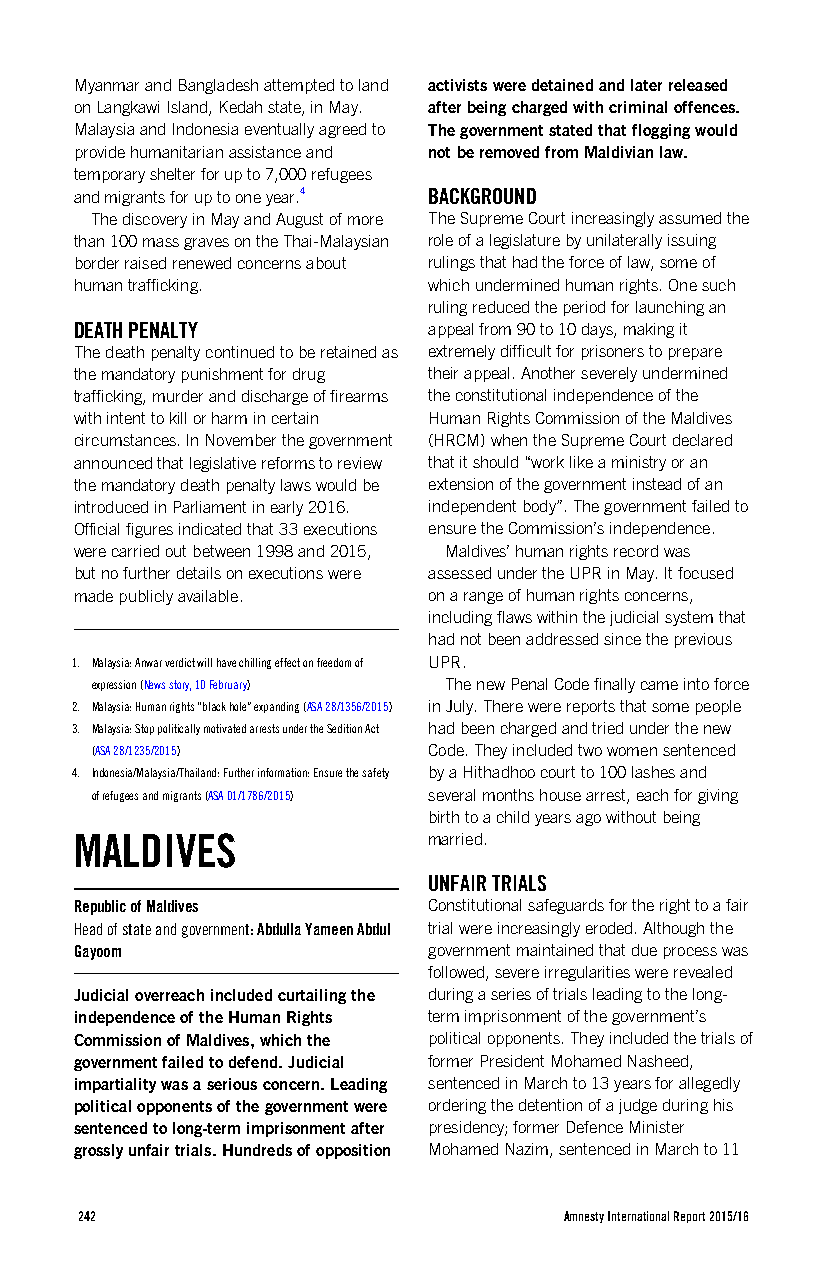
Myanmar and Bangladesh attempted to land activists were detained and later released
 on Langkawi Island, Kedah state, in May. after being charged with criminal offences.
 Malaysia and Indonesia eventually agreed to The government stated that flogging would
 provide humanitarian assistance and not be removed from Maldivian law.
 temporary shelter for up to 7,000 refugees
 and migrants for up to one year.4 BACKGROUND
 The discovery in May and August of more The Supreme Court increasingly assumed the
 than 100 mass graves on the Thai-Malaysian role of a legislature by unilaterally issuing
 border raised renewed concerns about rulings that had the force of law, some of
 human trafficking.     which undermined human rights. One such
 ruling reduced the period for launching an
 DEATH PENALTY          appeal from 90 to 10 days, making it
 The death penalty continued to be retained as extremely difficult for prisoners to prepare
 the mandatory punishment for drug their appeal. Another severely undermined
 trafficking, murder and discharge of firearms the constitutional independence of the
 with intent to kill or harm in certain Human Rights Commission of the Maldives
 circumstances. In November the government (HRCM) when the Supreme Court declared
 announced that legislative reforms to review that it should “work like a ministry or an
 the mandatory death penalty laws would be extension of the government instead of an
 introduced in Parliament in early 2016. independent body”. The government failed to
 Official figures indicated that 33 executions ensure the Commission’s independence.
 were carried out between 1998 and 2015, Maldives’ human rights record was
 but no further details on executions were assessed under the UPR in May. It focused
 made publicly available. on a range of human rights concerns,
 including flaws within the judicial system that
 had not been addressed since the previous
 1. Malaysia: Anwar verdict will have chilling effect on freedom of UPR.
 expression (News story, 10 February) The new Penal Code finally came into force
 2. Malaysia: Human rights “black hole” expanding (ASA 28/1356/2015) in July. There were reports that some people
 3. Malaysia: Stop politically motivated arrests under the Sedition Act had been charged and tried under the new
 (ASA 28/1235/2015)    Code. They included two women sentenced
 4. Indonesia/Malaysia/Thailand: Further information: Ensure the safety by a Hithadhoo court to 100 lashes and
 of refugees and migrants (ASA 01/1786/2015) several months house arrest, each for giving
 birth to a child years ago without being
 MALDIVES               married.
 UNFAIR TRIALS
 Republic of Maldives   Constitutional safeguards for the right to a fair
 Head of state and government: Abdulla Yameen Abdul trial were increasingly eroded. Although the
 Gayoom                 government maintained that due process was
 followed, severe irregularities were revealed
 Judicial overreach included curtailing the during a series of trials leading to the long-
 independence of the Human Rights term imprisonment of the government’s
 Commission of Maldives, which the political opponents. They included the trials of
 government failed to defend. Judicial former President Mohamed Nasheed,
 impartiality was a serious concern. Leading sentenced in March to 13 years for allegedly
 political opponents of the government were ordering the detention of a judge during his
 sentenced to long-term imprisonment after presidency; former Defence Minister
 grossly unfair trials. Hundreds of opposition Mohamed Nazim, sentenced in March to 11
 242                             Amnesty International Report 2015/16